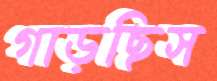
গাড়ছিস